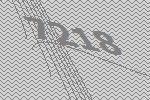
7218